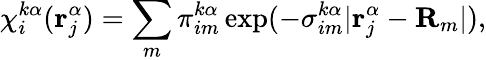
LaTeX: \chi_{i}^{k\alpha}(\mathbf{r}_{j}^{\alpha})=\sum_{m}\pi_{im}^{k\alpha}\exp(-\sigma_{im}^{k\alpha}|\mathbf{r}_{j}^{\alpha}-\mathbf{R}_{m}|),